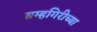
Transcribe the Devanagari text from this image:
ब्रम्हगिरीच्या